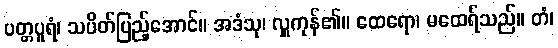
ပတ္တပူရံ၊ သပိတ်ပြည့်အောင်။ အဒံသု၊ လှူကုန်၏။ ထေရော၊ မထေရ်သည်။ တံ၊